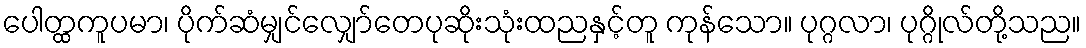
ပေါတ္ထကူပမာ၊ ပိုက်ဆံမျှင်လျှော်တေပုဆိုးသုံးထညနှင့်တူ ကုန်သော။ ပုဂ္ဂလာ၊ ပုဂ္ဂိုလ်တို့သည။